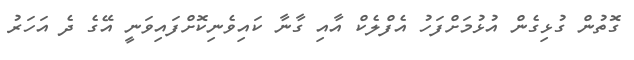
ގޮތުން ގުޅިގެން އުޅުމަށްފަހު އެފްލެކް އާއި ގާނާ ކައިވެނިކޮށްފައިވަނީ އޭގެ ދެ އަހަރު